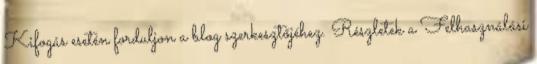
Kifogás esetén forduljon a blog szerkesztőjéhez. Részletek a Felhasználási